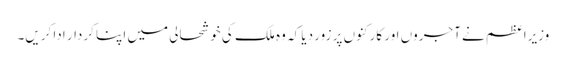
وزیراعظم نے آجروں اور کارکنوں پر زور دیا کہ وہ ملک کی خوشحالی میں اپنا کردار ادا کریں۔